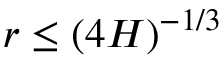
r \le ( 4 H ) ^ { - 1 / 3 }